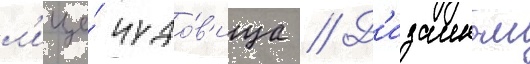
л'ице́ чудо́в'ища // Д'изаином